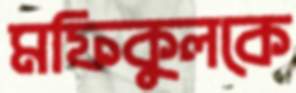
মফিকুলকে